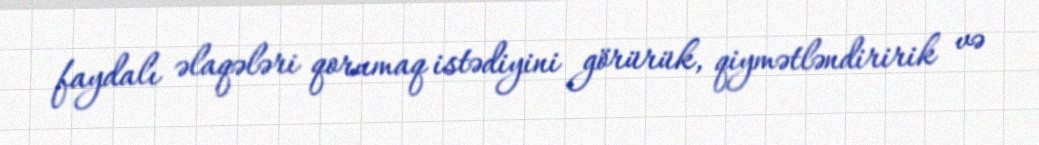
faydalı əlaqələri qorumaq istədiyini görürük, qiymətləndiririk və